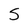
Character: S